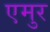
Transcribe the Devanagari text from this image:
एमुर